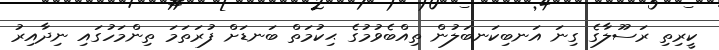
ކީރިތި ރަސޫލާގެ ގިނަ އަނބިކަނބަލުން ތިއްބެވުމުގެ ޙިކުމަތް ބަނޑަށް ފުރަތަމަ ތިންމަހުގައި ނިދާއިރު